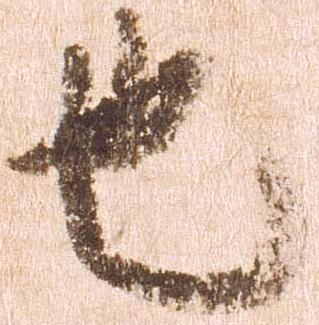
也